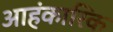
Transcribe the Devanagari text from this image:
आहंकारिक